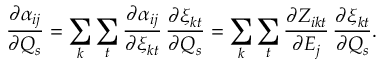
\frac { \partial { \alpha _ { i j } } } { \partial Q _ { s } } = \sum _ { k } \sum _ { t } \frac { \partial { \alpha _ { i j } } } { \partial \xi _ { k t } } \, \frac { \partial { \xi _ { k t } } } { \partial Q _ { s } } = \sum _ { k } \sum _ { t } \frac { \partial Z _ { i k t } } { \partial E _ { j } } \, \frac { \partial { \xi _ { k t } } } { \partial Q _ { s } } .